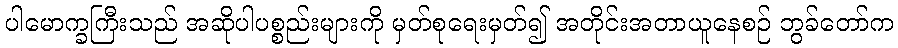
ပါမောက္ခကြီးသည် အဆိုပါပစ္စည်းများကို မှတ်စုရေးမှတ်၍ အတိုင်းအတာယူနေစဉ် ဘွခ်တော်က